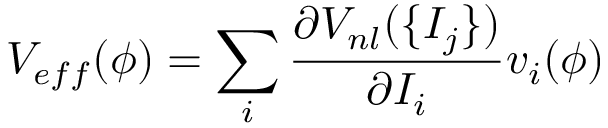
V _ { e f f } ( \phi ) = \sum _ { i } \frac { \partial V _ { n l } ( \{ I _ { j } \} ) } { \partial I _ { i } } v _ { i } ( \phi )